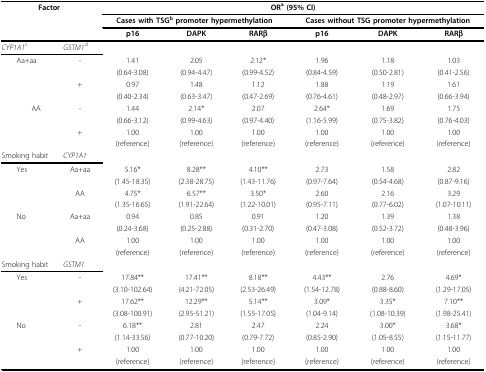
<table><thead><tr><td colspan="2"><b>Factor</b></td><td colspan="6"><b>OR<sup>a </sup>(95% CI)</b></td></tr><tr><td></td><td></td><td colspan="3"><b>Cases with TSG<sup>b </sup>promoter hypermethylation</b></td><td colspan="3"><b>Cases without TSG promoter hypermethylation</b></td></tr><tr><td></td><td></td><td><b>p16</b></td><td><b>DAPK</b></td><td><b>RARβ</b></td><td><b>p16</b></td><td><b>DAPK</b></td><td><b>RARβ</b></td></tr></thead><tbody><tr><td><i>CYP1A1</i><sup>c</sup></td><td><i>GSTM1</i><sup>d</sup></td><td></td><td></td><td></td><td></td><td></td><td></td></tr><tr><td> Aa+aa</td><td>-</td><td>1.41</td><td>2.05</td><td>2.12*</td><td>1.96</td><td>1.18</td><td>1.03</td></tr><tr><td></td><td></td><td>(0.64-3.08)</td><td>(0.94-4.47)</td><td>(0.99-4.52)</td><td>(0.84-4.59)</td><td>(0.50-2.81)</td><td>(0.41-2.56)</td></tr><tr><td></td><td>+</td><td>0.97</td><td>1.48</td><td>1.12</td><td>1.88</td><td>1.19</td><td>1.61</td></tr><tr><td></td><td></td><td>(0.40-2.34)</td><td>(0.63-3.47)</td><td>(0.47-2.69)</td><td>(0.76-4.61)</td><td>(0.48-2.97)</td><td>(0.66-3.94)</td></tr><tr><td>AA</td><td>-</td><td>1.44</td><td>2.14*</td><td>2.07</td><td>2.64*</td><td>1.69</td><td>1.75</td></tr><tr><td></td><td></td><td>(0.66-3.12)</td><td>(0.99-4.63)</td><td>(0.97-4.40)</td><td>(1.16-5.99)</td><td>(0.75-3.82)</td><td>(0.76-4.03)</td></tr><tr><td></td><td>+</td><td>1.00</td><td>1.00</td><td>1.00</td><td>1.00</td><td>1.00</td><td>1.00</td></tr><tr><td></td><td></td><td>(reference)</td><td>(reference)</td><td>(reference)</td><td>(reference)</td><td>(reference)</td><td>(reference)</td></tr><tr><td>Smoking habit</td><td><i>CYP1A1</i></td><td></td><td></td><td></td><td></td><td></td><td></td></tr><tr><td> Yes</td><td>Aa+aa</td><td>5.16*</td><td>8.28**</td><td>4.10**</td><td>2.73</td><td>1.58</td><td>2.82</td></tr><tr><td></td><td></td><td>(1.45-18.35)</td><td>(2.38-28.75)</td><td>(1.43-11.76)</td><td>(0.97-7.64)</td><td>(0.54-4.68)</td><td>(0.87-9.16)</td></tr><tr><td></td><td>AA</td><td>4.75*</td><td>6.57**</td><td>3.50*</td><td>2.60</td><td>2.16</td><td>3.29</td></tr><tr><td></td><td></td><td>(1.35-16.65)</td><td>(1.91-22.64)</td><td>(1.22-10.01)</td><td>(0.95-7.11)</td><td>(0.77-6.02)</td><td>(1.07-10.11)</td></tr><tr><td> No</td><td>Aa+aa</td><td>0.94</td><td>0.85</td><td>0.91</td><td>1.20</td><td>1.39</td><td>1.38</td></tr><tr><td></td><td></td><td>(0.24-3.68)</td><td>(0.25-2.88)</td><td>(0.31-2.70)</td><td>(0.47-3.08)</td><td>(0.52-3.72)</td><td>(0.48-3.96)</td></tr><tr><td></td><td>AA</td><td>1.00</td><td>1.00</td><td>1.00</td><td>1.00</td><td>1.00</td><td>1.00</td></tr><tr><td></td><td></td><td>(reference)</td><td>(reference)</td><td>(reference)</td><td>(reference)</td><td>(reference)</td><td>(reference)</td></tr><tr><td>Smoking habit</td><td><i>GSTM1</i></td><td></td><td></td><td></td><td></td><td></td><td></td></tr><tr><td> Yes</td><td>-</td><td>17.84**</td><td>17.41**</td><td>8.18**</td><td>4.43**</td><td>2.76</td><td>4.69*</td></tr><tr><td></td><td></td><td>(3.10-102.64)</td><td>(4.21-72.05)</td><td>(2.53-26.49)</td><td>(1.54-12.78)</td><td>(0.88-8.60)</td><td>(1.29-17.05)</td></tr><tr><td></td><td>+</td><td>17.62**</td><td>12.29**</td><td>5.14**</td><td>3.09*</td><td>3.35*</td><td>7.10**</td></tr><tr><td></td><td></td><td>(3.08-100.91)</td><td>(2.95-51.21)</td><td>(1.55-17.05)</td><td>(1.04-9.14)</td><td>(1.08-10.39)</td><td>(1.98-25.41)</td></tr><tr><td> No</td><td>-</td><td>6.18**</td><td>2.81</td><td>2.47</td><td>2.24</td><td>3.00*</td><td>3.68*</td></tr><tr><td></td><td></td><td>(1.14-33.56)</td><td>(0.77-10.20)</td><td>(0.79-7.72)</td><td>(0.85-2.90)</td><td>(1.05-8.55)</td><td>(1.15-11.77)</td></tr><tr><td></td><td>+</td><td>1.00</td><td>1.00</td><td>1.00</td><td>1.00</td><td>1.00</td><td>1.00</td></tr><tr><td></td><td></td><td>(reference)</td><td>(reference)</td><td>(reference)</td><td>(reference)</td><td>(reference)</td><td>(reference)</td></tr></tbody></table>